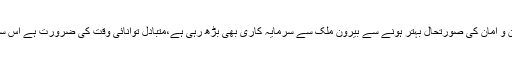
20 جولائی (اے پی پی) صدر مملکت ڈاکٹر عارف علوی نے کہا ہے کہ ملک میں امن و امان کی صورتحال بہتر ہونے سے بیرون ملک سے سرمایہ کاری بھی بڑھ رہی ہے،متبادل توانائی وقت کی ضرورت ہے اس سے بڑھتی ہوئی توانائی کی طلب کو پورا اور ماحولیاتی آلودگی پر قابو پایا جاسکتا ہے۔